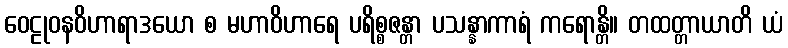
ဝေဠုဝနဝိဟာရာဒယော စ မဟာဝိဟာရေ ပရိစ္စဇန္တာ ပသန္နာကာရံ ကရောန္တိ။ တထတ္တာယာတိ ယံ